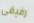
رفيقى